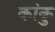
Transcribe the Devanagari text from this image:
कांकु